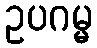
ဥပဂမ္မ